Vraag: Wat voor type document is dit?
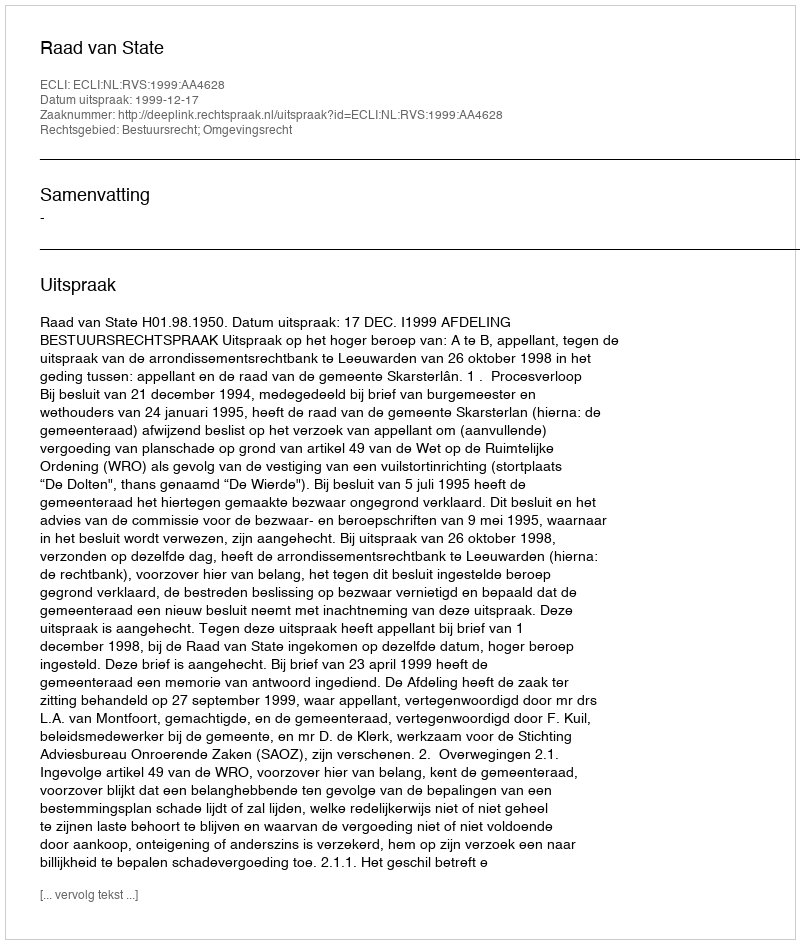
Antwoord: Uitspraak